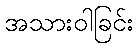
အသားဝါခြင်း